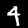
Label: 4